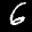
Label: 6